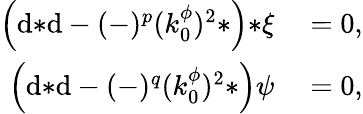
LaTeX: \begin{array}{rl}{\left(\mathrm{d}{*\mathrm{d}}-(-)^{p}(k_{0}^{\phi})^{2}*\right){*\xi}}&{{}=0,}\\ {\left(\mathrm{d}{*\mathrm{d}}-(-)^{q}(k_{0}^{\phi})^{2}*\right)\psi}&{{}=0,}\end{array}